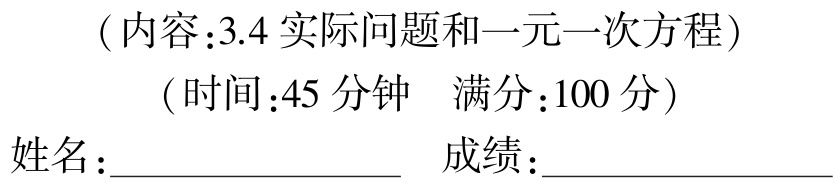
（内容：3.4 实际问题和一元一次方程）
（时间：45 分钟  满分：100 分）
姓名：____________________  成绩：____________________